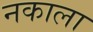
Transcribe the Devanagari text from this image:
नकाला